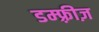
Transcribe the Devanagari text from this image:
डम्फ़्रीज़